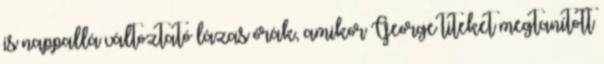
is nappallá változtató lázas órák, amikor George titeket megtanított